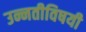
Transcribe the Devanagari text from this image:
उन्नतीविषयी